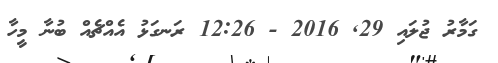
ގަމާރު ޖުލައި 29